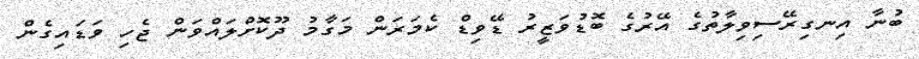
ބުނާ އިނގިރޭސިވިލާތުގެ އޭރުގެ ބޮޑުވަޒީރު ޑޭވިޑް ކެމަރަން މަގާމު ދޫކޮށްލައްވަން ޖެހި ވަޑައިގެން